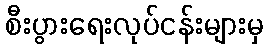
စီးပွားရေးလုပ်ငန်းများမှ